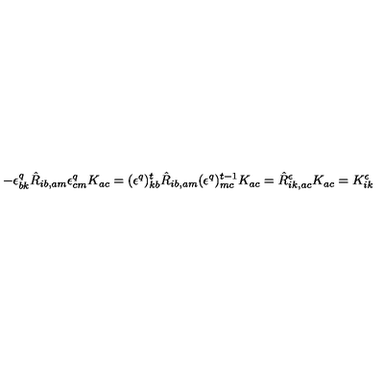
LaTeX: - \epsilon _ { b k } ^ { q } \hat { R } _ { i b , a m } \epsilon _ { c m } ^ { q } K _ { a c } = ( \epsilon ^ { q } ) _ { k b } ^ { t } \hat { R } _ { i b , a m } ( \epsilon ^ { q } ) _ { m c } ^ { t - 1 } K _ { a c } = \hat { R } ^ { \epsilon } _ { i k , a c } K _ { a c } = K _ { i k } ^ { \epsilon }